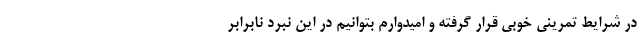
در شرایط تمرینی خوبی قرار گرفته و امیدوارم بتوانیم در این نبرد نابرابر